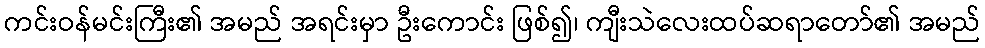
ကင်းဝန်မင်းကြီး၏ အမည် အရင်းမှာ ဦးကောင်း ဖြစ်၍၊ ကျီးသဲလေးထပ်ဆရာတော်၏ အမည်